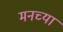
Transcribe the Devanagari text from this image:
मनच्या